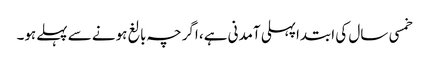
خمسی سال کی ابتداپہلی آمدنی ہے، اگرچہ بالغ ہونے سے پہلےہو۔